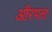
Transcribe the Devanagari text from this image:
औरपता